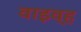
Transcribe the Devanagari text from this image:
वाइव्ह